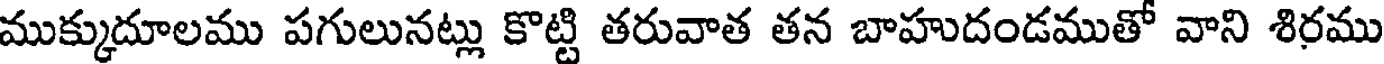
ముక్కుదూలము పగులునట్లు కొట్టి తరువాత తన బాహుదండముతో వాని శిరము